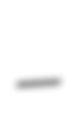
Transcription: –